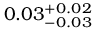
0 . 0 3 _ { - 0 . 0 3 } ^ { + 0 . 0 2 }